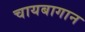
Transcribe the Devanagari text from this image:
चायबागान